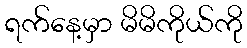
ရက်နေ့မှာ မိမိကိုယ်ကို